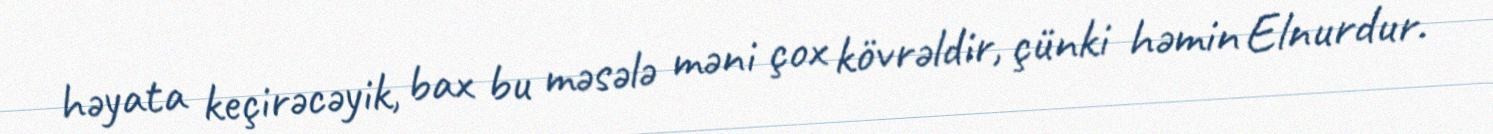
həyata keçirəcəyik, bax bu məsələ məni çox kövrəldir, çünki həmin Elnurdur.